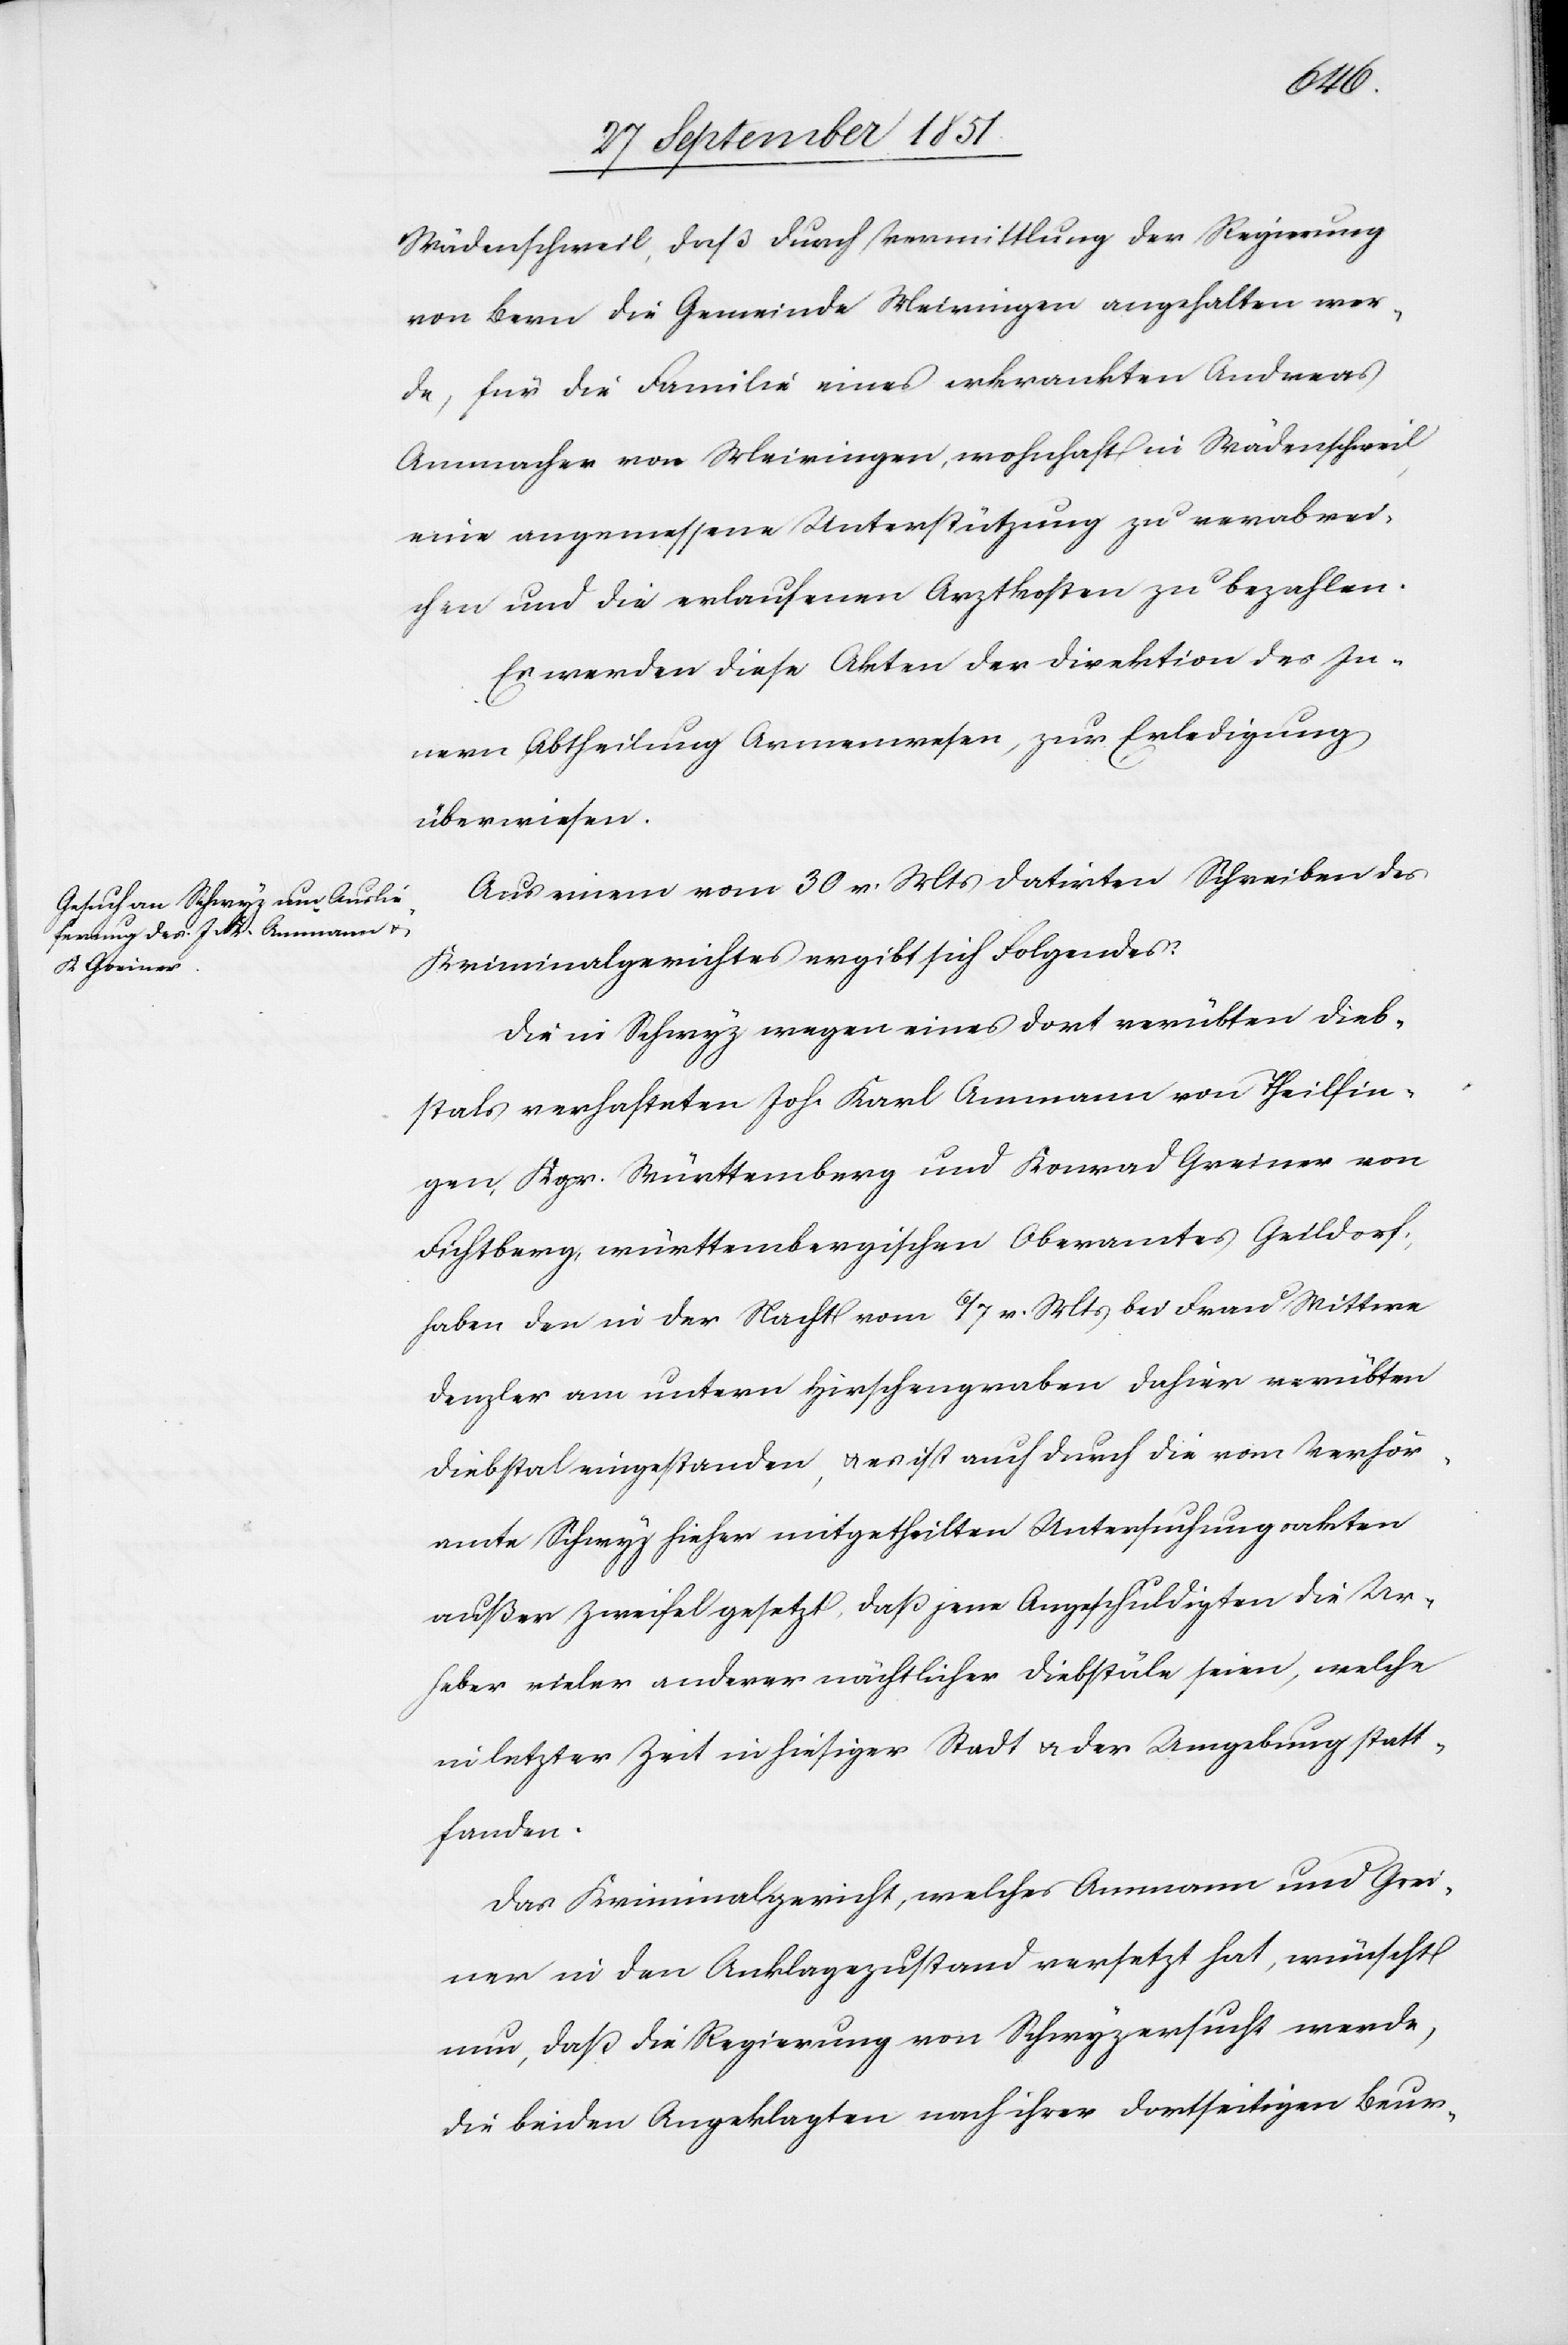
Wädenschweil, daß durch Vermittlung der Regierung
von Bern die Gemeinde Meiringen angehalten wer¬
de, für die Familie eines erkrankten Andreas
Ammacher von Meiringen, wohnhaft in Wädenschweil,
eine angemessene Unterstützung zu verabrei¬
chen und die erlaufenen Arztkosten zu bezahlen.
Es werden diese Akten der Direktion des In¬
nern, Abtheilung Armenwesen, zur Erledigung
überwiesen.
Aus einem vom 30 v. Mts datirten Schreiben des
Kriminalgerichtes ergibt sich Folgendes:
Die in Schwyz wegen eines dort verübten Dieb¬
stals verhafteten Joh. Karl Ammann von Theilfin¬
gen, Kgr. Württemberg und Konrad Greiner von
Fichtberg, württembergischen Oberamtes Geildorf,
haben den in der Nacht vom 6 / 7 v. Mts bei Frau Wittwe
Denzler am untern Hirschengraben dahier verübten
Diebstal eingestanden, & es ist auch durch die vom Verhör¬
amte Schwyz hieher mitgetheilten Untersuchungsakten
außer Zweifel gesetzt, daß jene Angeschuldigten die Ur¬
heber vieler anderer nächtlicher Diebstäle seien, welche
in letzter Zeit in hiesiger Stadt & der Umgebung statt¬
fanden.
Das Kriminalgericht, welches Ammann und Grei¬
ner in den Anklagezustand versetzt hat, wünscht
nun, daß die Regierung von Schwyz ersucht werde,
die beiden Angeklagten nach ihrer dortseitigen Beur-